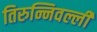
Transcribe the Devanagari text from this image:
तिरुन्निवल्ली